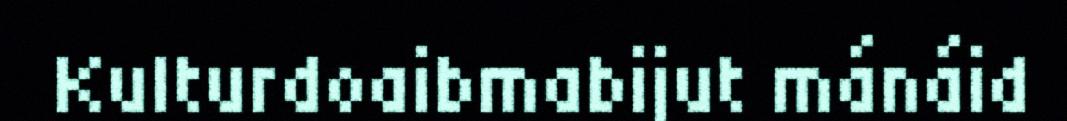
Kulturdoaibmabijut mánáid